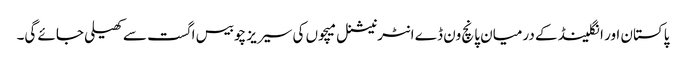
پاکستان اور انگلینڈ کے درمیان پانچ ون ڈے انٹرنیشنل میچوں کی سیریز چوبیس اگست سے کھیلی جائے گی۔